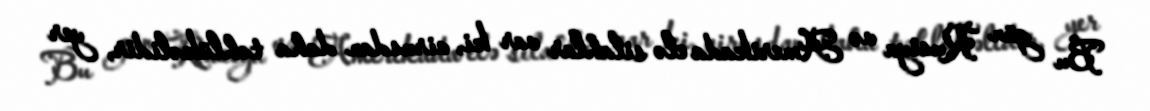
Bu gün Rusiya və Amerikada elə silahlar var ki, virusdan daha təhlükəlidir, yer